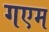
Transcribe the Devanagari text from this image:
गएम